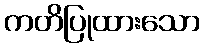
ကတိပြုထားသော